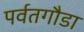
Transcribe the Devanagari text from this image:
पर्वतगौडा